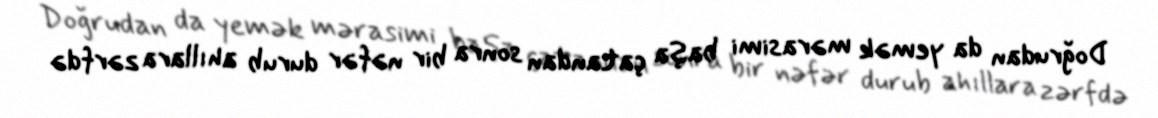
Doğrudan da yemək mərasimi başa çatandan sonra bir nəfər durub ahıllara zərfdə